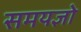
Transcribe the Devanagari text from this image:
समयज्ञो